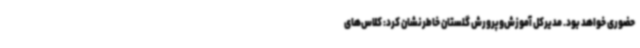
حضوری خواهد بود. مدیرکل آموزش‌وپرورش گلستان خاطرنشان کرد: کلاس‌های